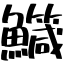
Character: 鱵